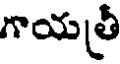
గాయత్రీ